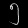
Digit: ၅